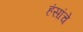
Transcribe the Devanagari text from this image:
हंसांचे